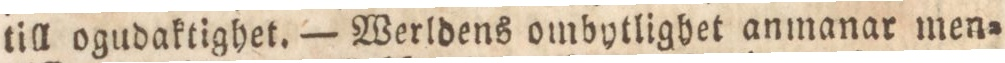
till ogudaktighet. — Werldens ombytlighet anmanar men=